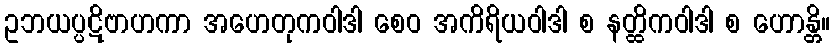
ဥဘယပ္ပဋိဗာဟကာ အဟေတုကဝါဒါ စေဝ အကိရိယဝါဒါ စ နတ္ထိကဝါဒါ စ ဟောန္တိ။